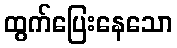
ထွက်ပြေးနေသော